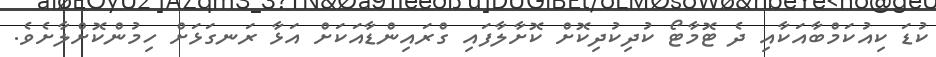
ކުޑަ ކިއުކަމްބާއަކާއި ދެ ޓޮމާޓޯ ކުދިކުދިކޮށް ކޮށާލާފައި ގްރައިންޑާއަކަށް އަޅާ ރަނގަޅަށް ހިމުންކޮށްލާށެވެ.